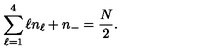
\sum _ { \ell = 1 } ^ { 4 } \ell n _ { \ell } + n _ { - } = \frac { N } { 2 } .